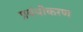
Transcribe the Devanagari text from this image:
प्रबंधीकरण